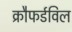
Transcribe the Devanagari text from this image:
क्रौफर्डविल